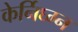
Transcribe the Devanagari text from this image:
केर्निघ्ग्न